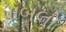
પાબલો